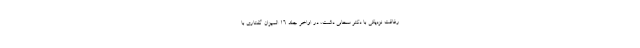
رفاقت نزدیکی با دکتر سحابی داشت، در اواخر جلد 16 المیزان گفتاری با